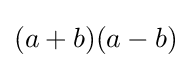
(a+b)(a-b)